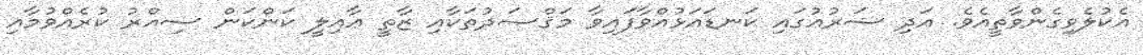
އެކުލެވިގެންވާތީއެވެ. އަދި ޝަރުޢުގައި ކަނޑައަޅުއްވާފައިވާ މަޤްޞަދުތަކާއި ޒާތީ ޢާއިލީ ކަންކަން ސިއްރު ކުރެއްވުމާއި